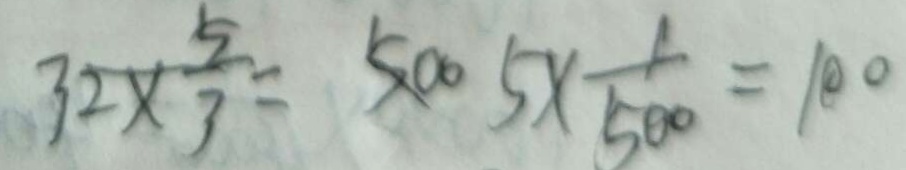
3 2 \times \frac { 5 } { 3 } = 5 0 0 5 \times \frac { 1 } { 5 0 0 } = 1 0 0